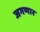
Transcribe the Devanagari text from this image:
जगणार